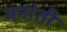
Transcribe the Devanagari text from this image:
मनांती